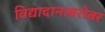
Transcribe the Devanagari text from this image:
विद्यादानाबरोबर